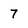
Character: 7